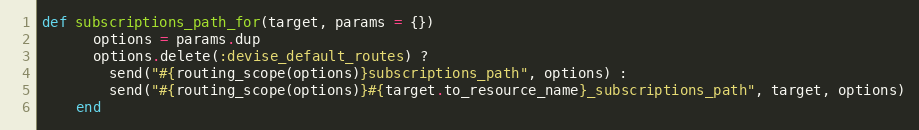
Language: Ruby
def subscriptions_path_for(target, params = {})
      options = params.dup
      options.delete(:devise_default_routes) ?
        send("#{routing_scope(options)}subscriptions_path", options) :
        send("#{routing_scope(options)}#{target.to_resource_name}_subscriptions_path", target, options)
    end